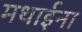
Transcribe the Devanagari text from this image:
मथाईना